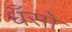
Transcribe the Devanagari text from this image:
धँसो